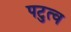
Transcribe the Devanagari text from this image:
पटुत्व